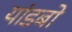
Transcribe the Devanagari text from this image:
यांडबो